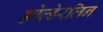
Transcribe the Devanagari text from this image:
ह्योल्डेरलिन